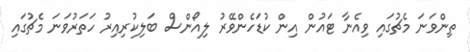
ތިންވަނަ މެޗުގައި ވިއެނާ ޓައުން އިން ކުޑަހެންވޭރު ލިއޯންސް ބަލިކުރިއިރު ހަތަރުވަނަ މެޗުގައި